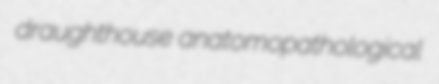
draughthouse anatomopathological